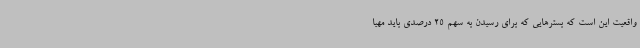
واقعیت این است که بسترهایی که برای رسیدن به سهم 25 درصدی باید مهیا